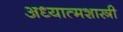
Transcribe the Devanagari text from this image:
अध्यात्मशास्त्री